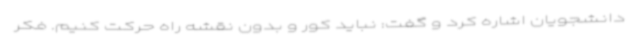
دانشجویان اشاره کرد و گفت: نباید کور و بدون نقشه راه حرکت کنیم. فکر